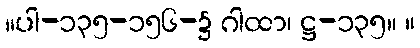
။ပါ-၁၃၅-၁၅၆-၌ ဂါထာ၊ ဋ္ဌ-၁၃၅။ ။